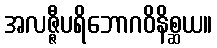
အလဇ္ဇီပရိဘောဂဝိနိစ္ဆယ။